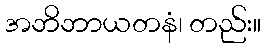
အဘိဘာယတနံ၊ တည်း။